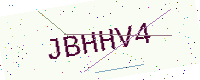
Text: JBHHV4